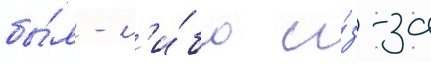
бы́л - л'и́бо и́з-за